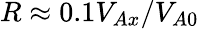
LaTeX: R\approx 0.1V_{Ax}/V_{A0}